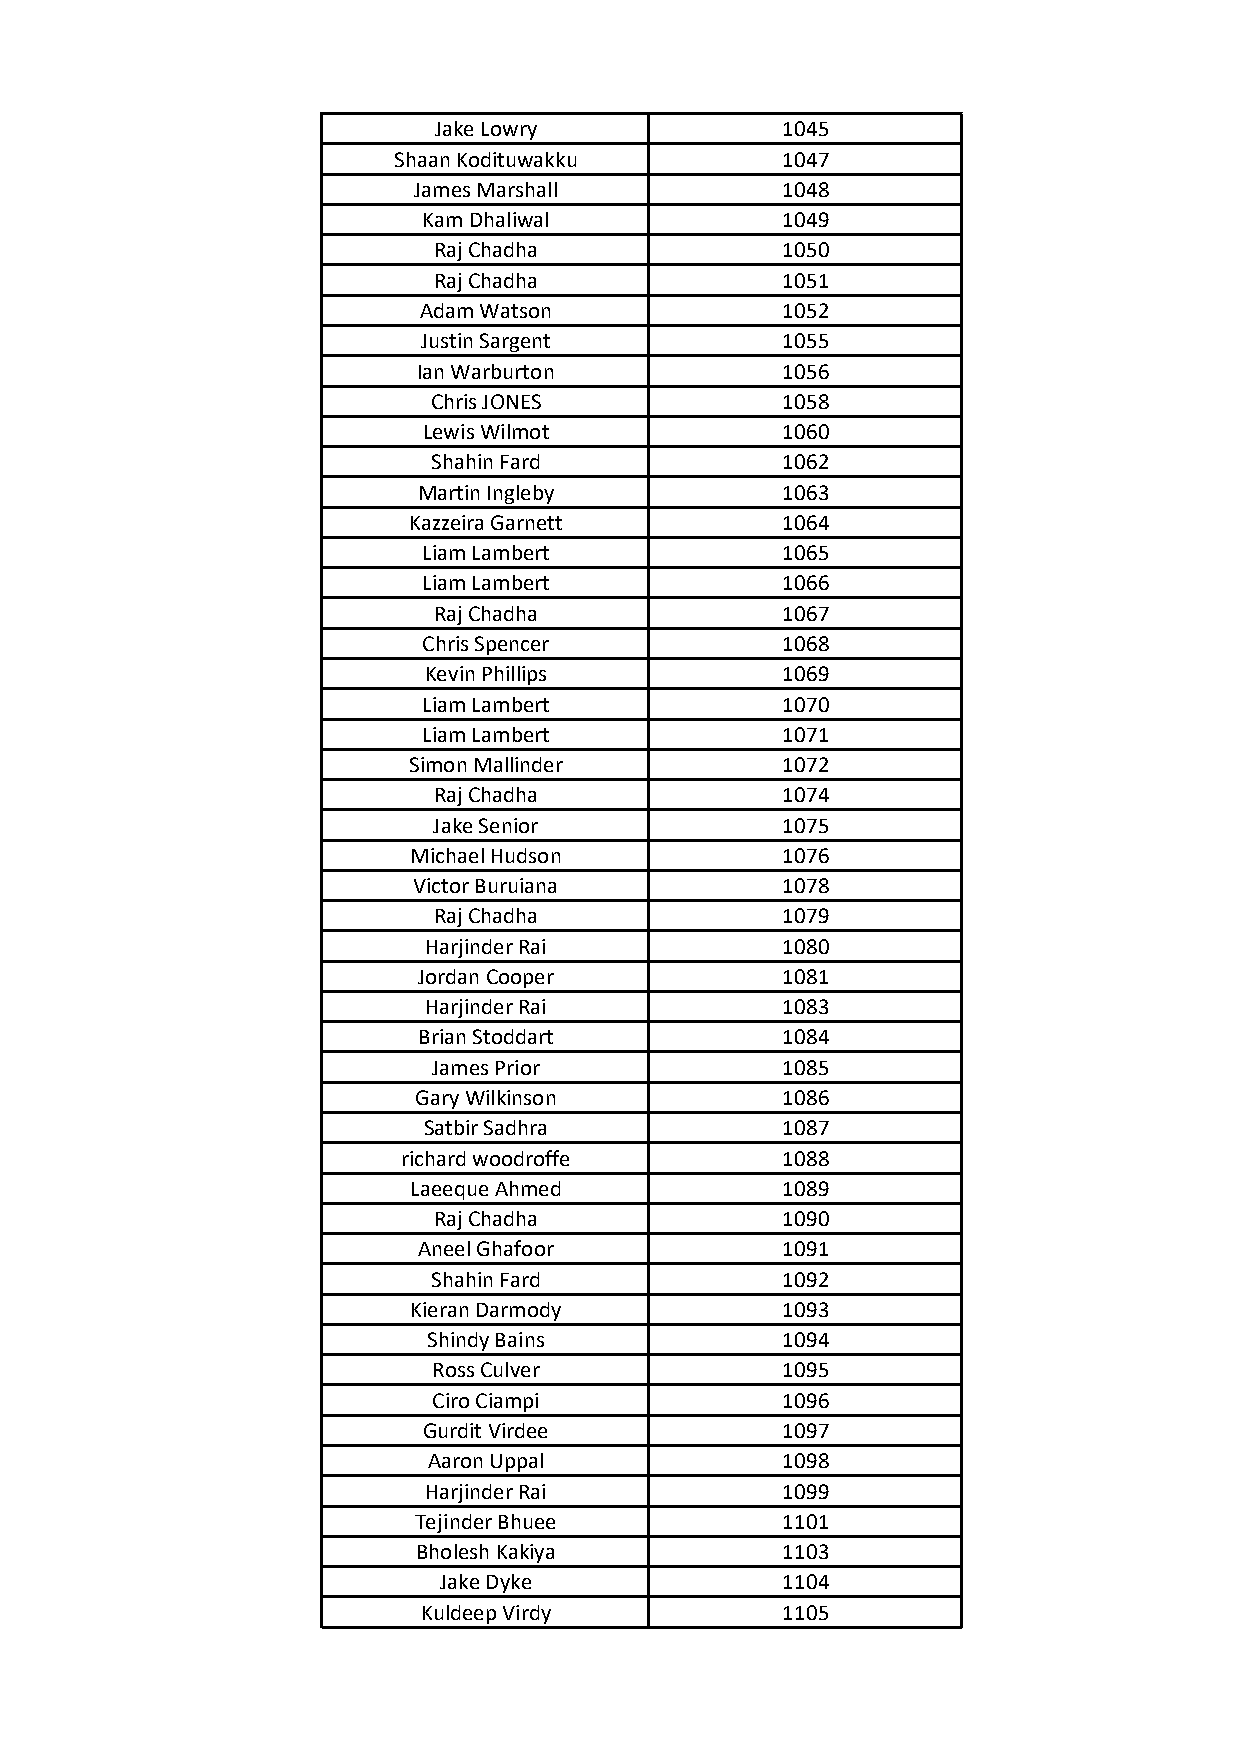
Jake Lowry             1045
 Shaan Kodituwakku         1047
 James Marshall           1048
 Kam Dhaliwal            1049
 Raj Chadha             1050
 Raj Chadha             1051
 Adam Watson             1052
 Justin Sargent          1055
 Ian Warburton           1056
 Chris JONES             1058
 Lewis Wilmot            1060
 Shahin Fard            1062
 Martin Ingleby          1063
 Kazzeira Garnett         1064
 Liam Lambert            1065
 Liam Lambert            1066
 Raj Chadha             1067
 Chris Spencer           1068
 Kevin Phillips          1069
 Liam Lambert            1070
 Liam Lambert            1071
 Simon Mallinder          1072
 Raj Chadha             1074
 Jake Senior            1075
 Michael Hudson           1076
 Victor Buruiana          1078
 Raj Chadha             1079
 Harjinder Rai           1080
 Jordan Cooper           1081
 Harjinder Rai           1083
 Brian Stoddart          1084
 James Prior            1085
 Gary Wilkinson           1086
 Satbir Sadhra           1087
 richard woodroffe        1088
 Laeeque Ahmed            1089
 Raj Chadha             1090
 Aneel Ghafoor           1091
 Shahin Fard            1092
 Kieran Darmody           1093
 Shindy Bains            1094
 Ross Culver            1095
 Ciro Ciampi            1096
 Gurdit Virdee           1097
 Aaron Uppal             1098
 Harjinder Rai           1099
 Tejinder Bhuee           1101
 Bholesh Kakiya          1103
 Jake Dyke              1104
 Kuldeep Virdy           1105